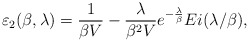
\begin{align*}\varepsilon_2(\beta,\lambda)= \frac{1}{\beta V}-\frac{\lambda}{\beta^2 V}e^{-\frac{\lambda}{\beta}}Ei(\lambda/\beta),\end{align*}